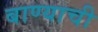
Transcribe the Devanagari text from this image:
बाण्याची